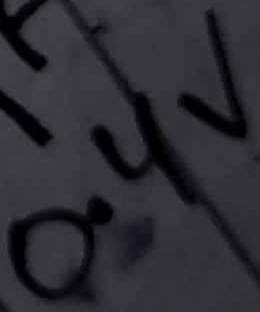
Text: 0.4V